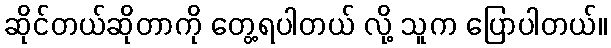
ဆိုင်တယ်ဆိုတာကို တွေ့ရပါတယ် လို့ သူက ပြောပါတယ်။